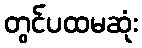
တွင်ပထမဆုံး